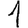
Digit: 1